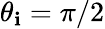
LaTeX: \theta_{\mathbf{i}}=\pi/2